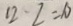
1 2 - 2 = 1 0